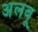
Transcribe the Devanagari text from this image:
अलबू